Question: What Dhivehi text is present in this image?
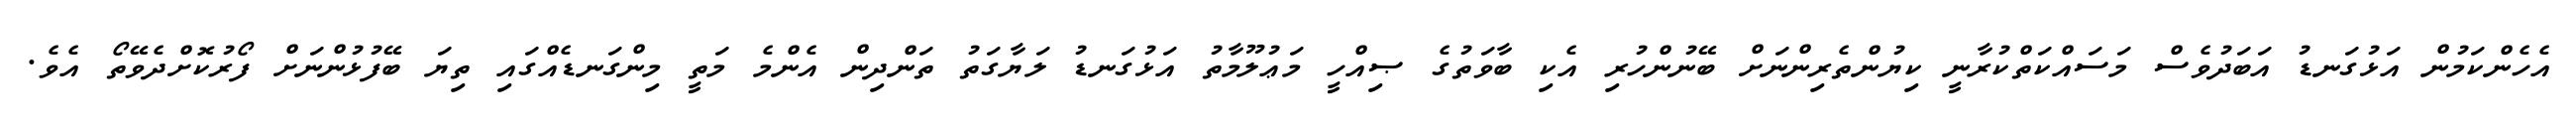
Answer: އެހެންކަމުން އަޅުގަނޑު އަބަދުވެސް މަސައްކަތްކުރާނީ ކިޔުންތެރިންނަށް ބޭނުންހުރި އެކި ބާވަތުގެ ޞިއްހީ މަޢުލޫމާތު އަޅުގަނޑު ލަޔާގަތު ތަންދިން އެންމެ މަތީ މިންގަނޑެއްގައި ތިޔަ ބޭފުޅުންނަށް ފޯރުކޮށްދެވޭތޯ އެވެ.